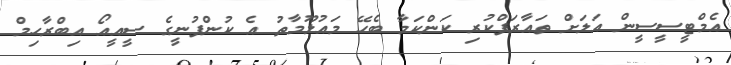
އެމްޓީސީސީން އަލަށް ތައާރަފްކުރި ކަންކަމާ ބެހޭ މައުލޫމާތު އެ ކުންފުނީގެ ސީއީއޯ އިބްރާހިމް